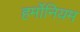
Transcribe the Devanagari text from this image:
हर्मोनियम